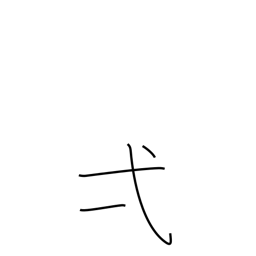
Meaning: one